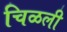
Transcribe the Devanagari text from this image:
चिळली